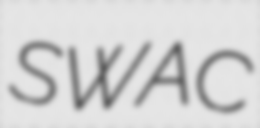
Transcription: SWAC